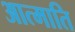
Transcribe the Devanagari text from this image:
आत्माति